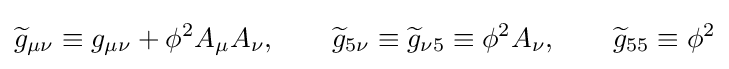
{\widetilde {g}}_{\mu \nu }\equiv g_{\mu \nu }+\phi ^{2}A_{\mu }A_{\nu },\qquad {\widetilde {g}}_{5\nu }\equiv {\widetilde {g}}_{\nu 5}\equiv \phi ^{2}A_{\nu },\qquad {\widetilde {g}}_{55}\equiv \phi ^{2}